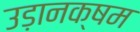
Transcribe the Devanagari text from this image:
उड़ानक्षम